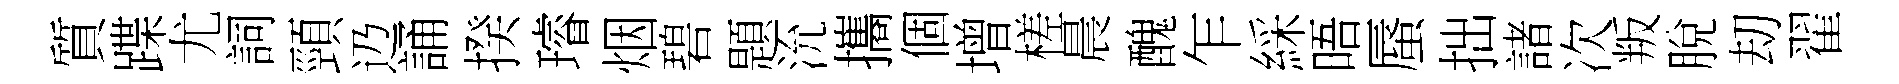
質蹀尤詞頸辸誦揆璿烟碧題沇攜個增槎晨醜乍綵晤蜃拙諸次叛脫刧翟